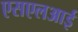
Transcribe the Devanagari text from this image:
एसएलआई